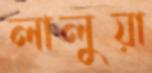
লালুয়া